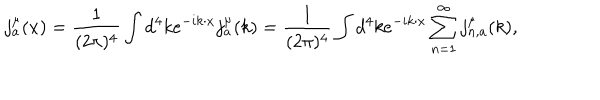
j _ { a } ^ { \mu } ( x ) = { \frac { 1 } { ( 2 \pi ) ^ { 4 } } } \int d ^ { 4 } k e ^ { - i k \cdot x } j _ { a } ^ { \mu } ( k ) = { \frac { 1 } { ( 2 \pi ) ^ { 4 } } } \int d ^ { 4 } k e ^ { - i k \cdot x } \sum _ { n = 1 } ^ { \infty } j _ { n , a } ^ { \mu } ( k ) ,